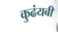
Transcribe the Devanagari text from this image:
कुढंयबी